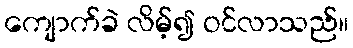
ကျောက်ခဲ လိမ့်၍ ဝင်လာသည်။